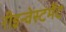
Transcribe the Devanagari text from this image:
रीइन्वेस्टमेंट